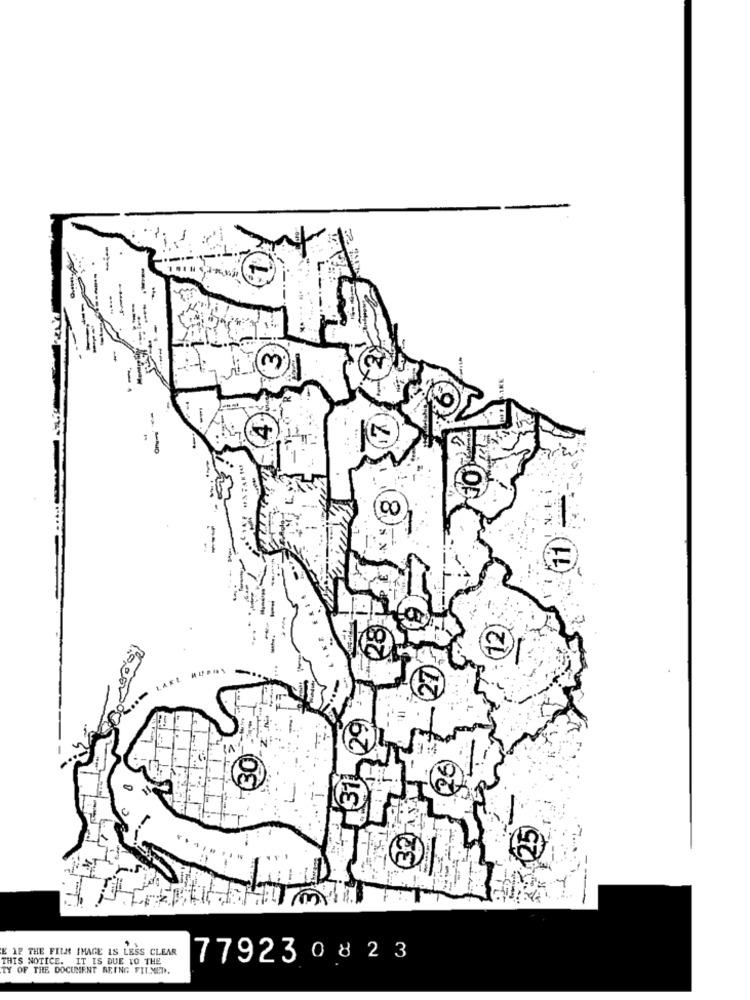
100
E IP THE FILM IMAGE IS LESS CLEAR
THIS NOTICE. IT IS DUE TO THE
779230823
TY OF THE DOCUMENT ARING FILMED.